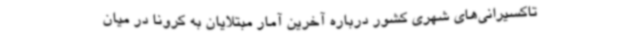
تاکسیرانی‌های شهری کشور درباره آخرین آمار مبتلایان به کرونا در میان